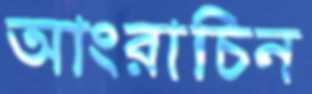
আংরাচিন